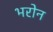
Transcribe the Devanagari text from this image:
भरोन